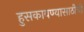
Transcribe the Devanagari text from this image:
हुसकावण्यासाठीची